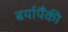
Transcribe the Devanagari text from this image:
बर्यापैंकी